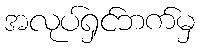
အလုပ်ရှင်ဘက်မှ